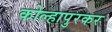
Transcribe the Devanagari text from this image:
कोल्हापुरकर